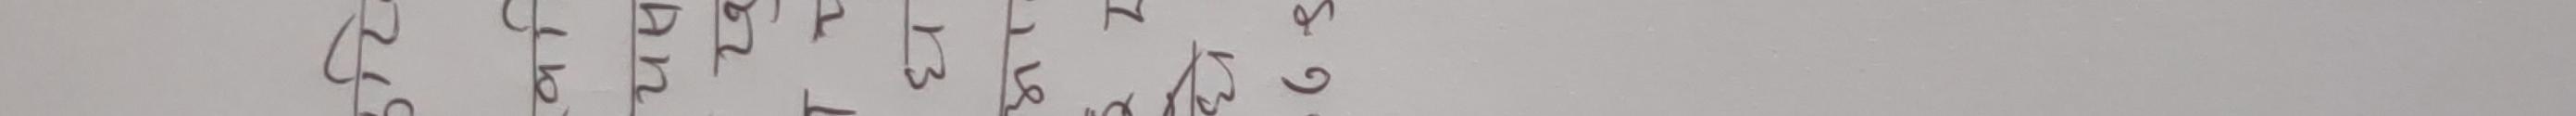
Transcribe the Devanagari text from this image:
९७७३१४७६०९